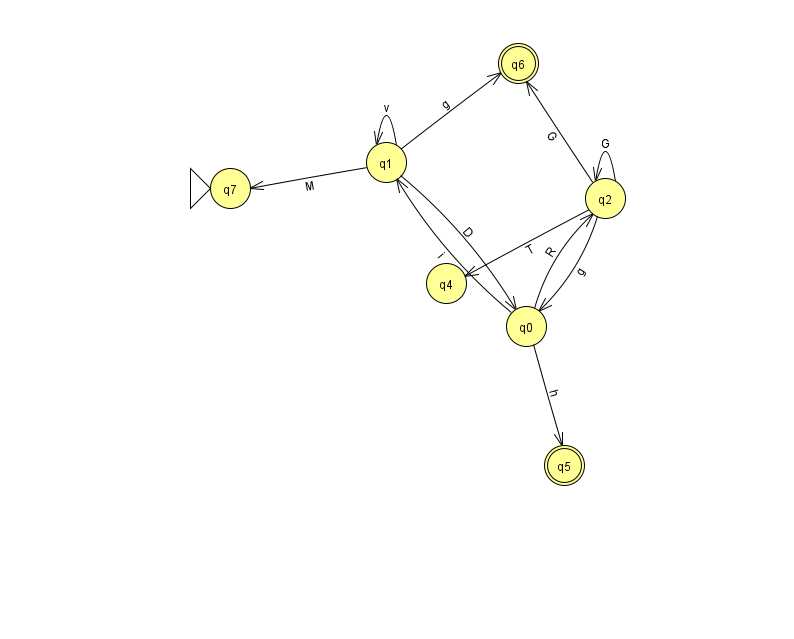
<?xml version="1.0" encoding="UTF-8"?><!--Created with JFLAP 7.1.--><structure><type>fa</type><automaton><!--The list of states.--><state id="0" name="q0"><x>526.0</x><y>313.0</y></state><state id="1" name="q1"><x>386.0</x><y>149.0</y></state><state id="2" name="q2"><x>605.0</x><y>185.0</y></state><state id="4" name="q4"><x>446.0</x><y>270.0</y></state><state id="5" name="q5"><x>564.0</x><y>452.0</y><final/></state><state id="6" name="q6"><x>518.0</x><y>50.0</y><final/></state><state id="7" name="q7"><x>230.0</x><y>175.0</y><initial/></state><!--The list of transitions.--><transition><from>1</from><to>0</to><read>D</read></transition><transition><from>1</from><to>1</to><read>v</read></transition><transition><from>1</from><to>6</to><read>g</read></transition><transition><from>1</from><to>7</to><read>M</read></transition><transition><from>2</from><to>2</to><read>G</read></transition><transition><from>2</from><to>0</to><read>g</read></transition><transition><from>0</from><to>1</to><read>i</read></transition><transition><from>0</from><to>2</to><read>R</read></transition><transition><from>0</from><to>5</to><read>h</read></transition><transition><from>2</from><to>4</to><read>T</read></transition><transition><from>2</from><to>6</to><read>G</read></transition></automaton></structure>